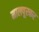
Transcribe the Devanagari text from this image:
मालपूरकर